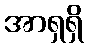
အာရှရှိ